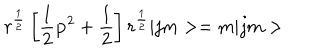
r ^ { \frac 1 2 } \left[ \frac 1 2 { \bf p } ^ { 2 } + \frac 1 2 \right] r ^ { \frac 1 2 } | j m > = m | j m >